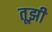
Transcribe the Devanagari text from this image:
तूझी